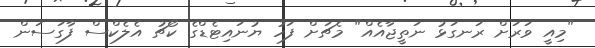
"މިއީ ވަރަށް ރަނގަޅު ނަތީޖާއެއް" މެޗަށް ފަހު ޔުނައިޓެޑްގެ ކޯޗު އެލެކްސް ފާގަސަން